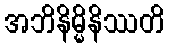
အဘိနိမ္မိနိဿတိ